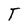
Character: T